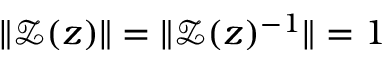
\| \mathcal { Z } ( z ) \| = \| \mathcal { Z } ( z ) ^ { - 1 } \| = 1